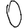
Digit: 0